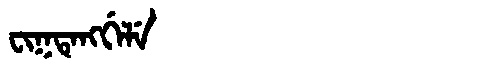
Manchu: ᠸᡳᡴᡨᡝᠩᡤᡝᠯᡝ
Romanization: FIKTENGGELE